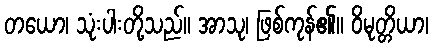
တယော၊ သုံးပါးတို့သည်။ အာသု၊ ဖြစ်ကုန်၏။ ဝိမုတ္တိယာ၊